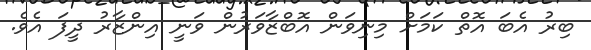
ބިރު އެބަ އޮތް ކަމަށް މިނިވަން އޮބްޒާވަރުން ވަނީ އިންޒާރު ދީފަ އެވެ.